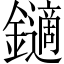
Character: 𨮹